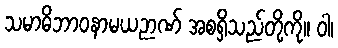
သမာဓိဘာဝနာမယဉာဏ် အစရှိသည်တို့ကို။ ဝါ၊